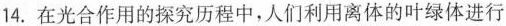
14.在光合作用的探究历程中，人们利用离体的叶绿体进行